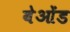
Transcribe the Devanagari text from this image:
बेओंड